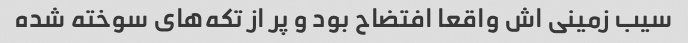
سیب زمینی اش واقعا افتضاح بود و پر از تکه‌های سوخته شده